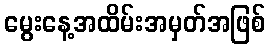
မွေးနေ့အထိမ်းအမှတ်အဖြစ်